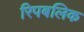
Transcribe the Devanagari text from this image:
रिपबलिक